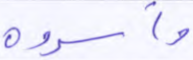
وأسروه